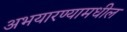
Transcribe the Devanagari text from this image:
अभयारण्यामधील